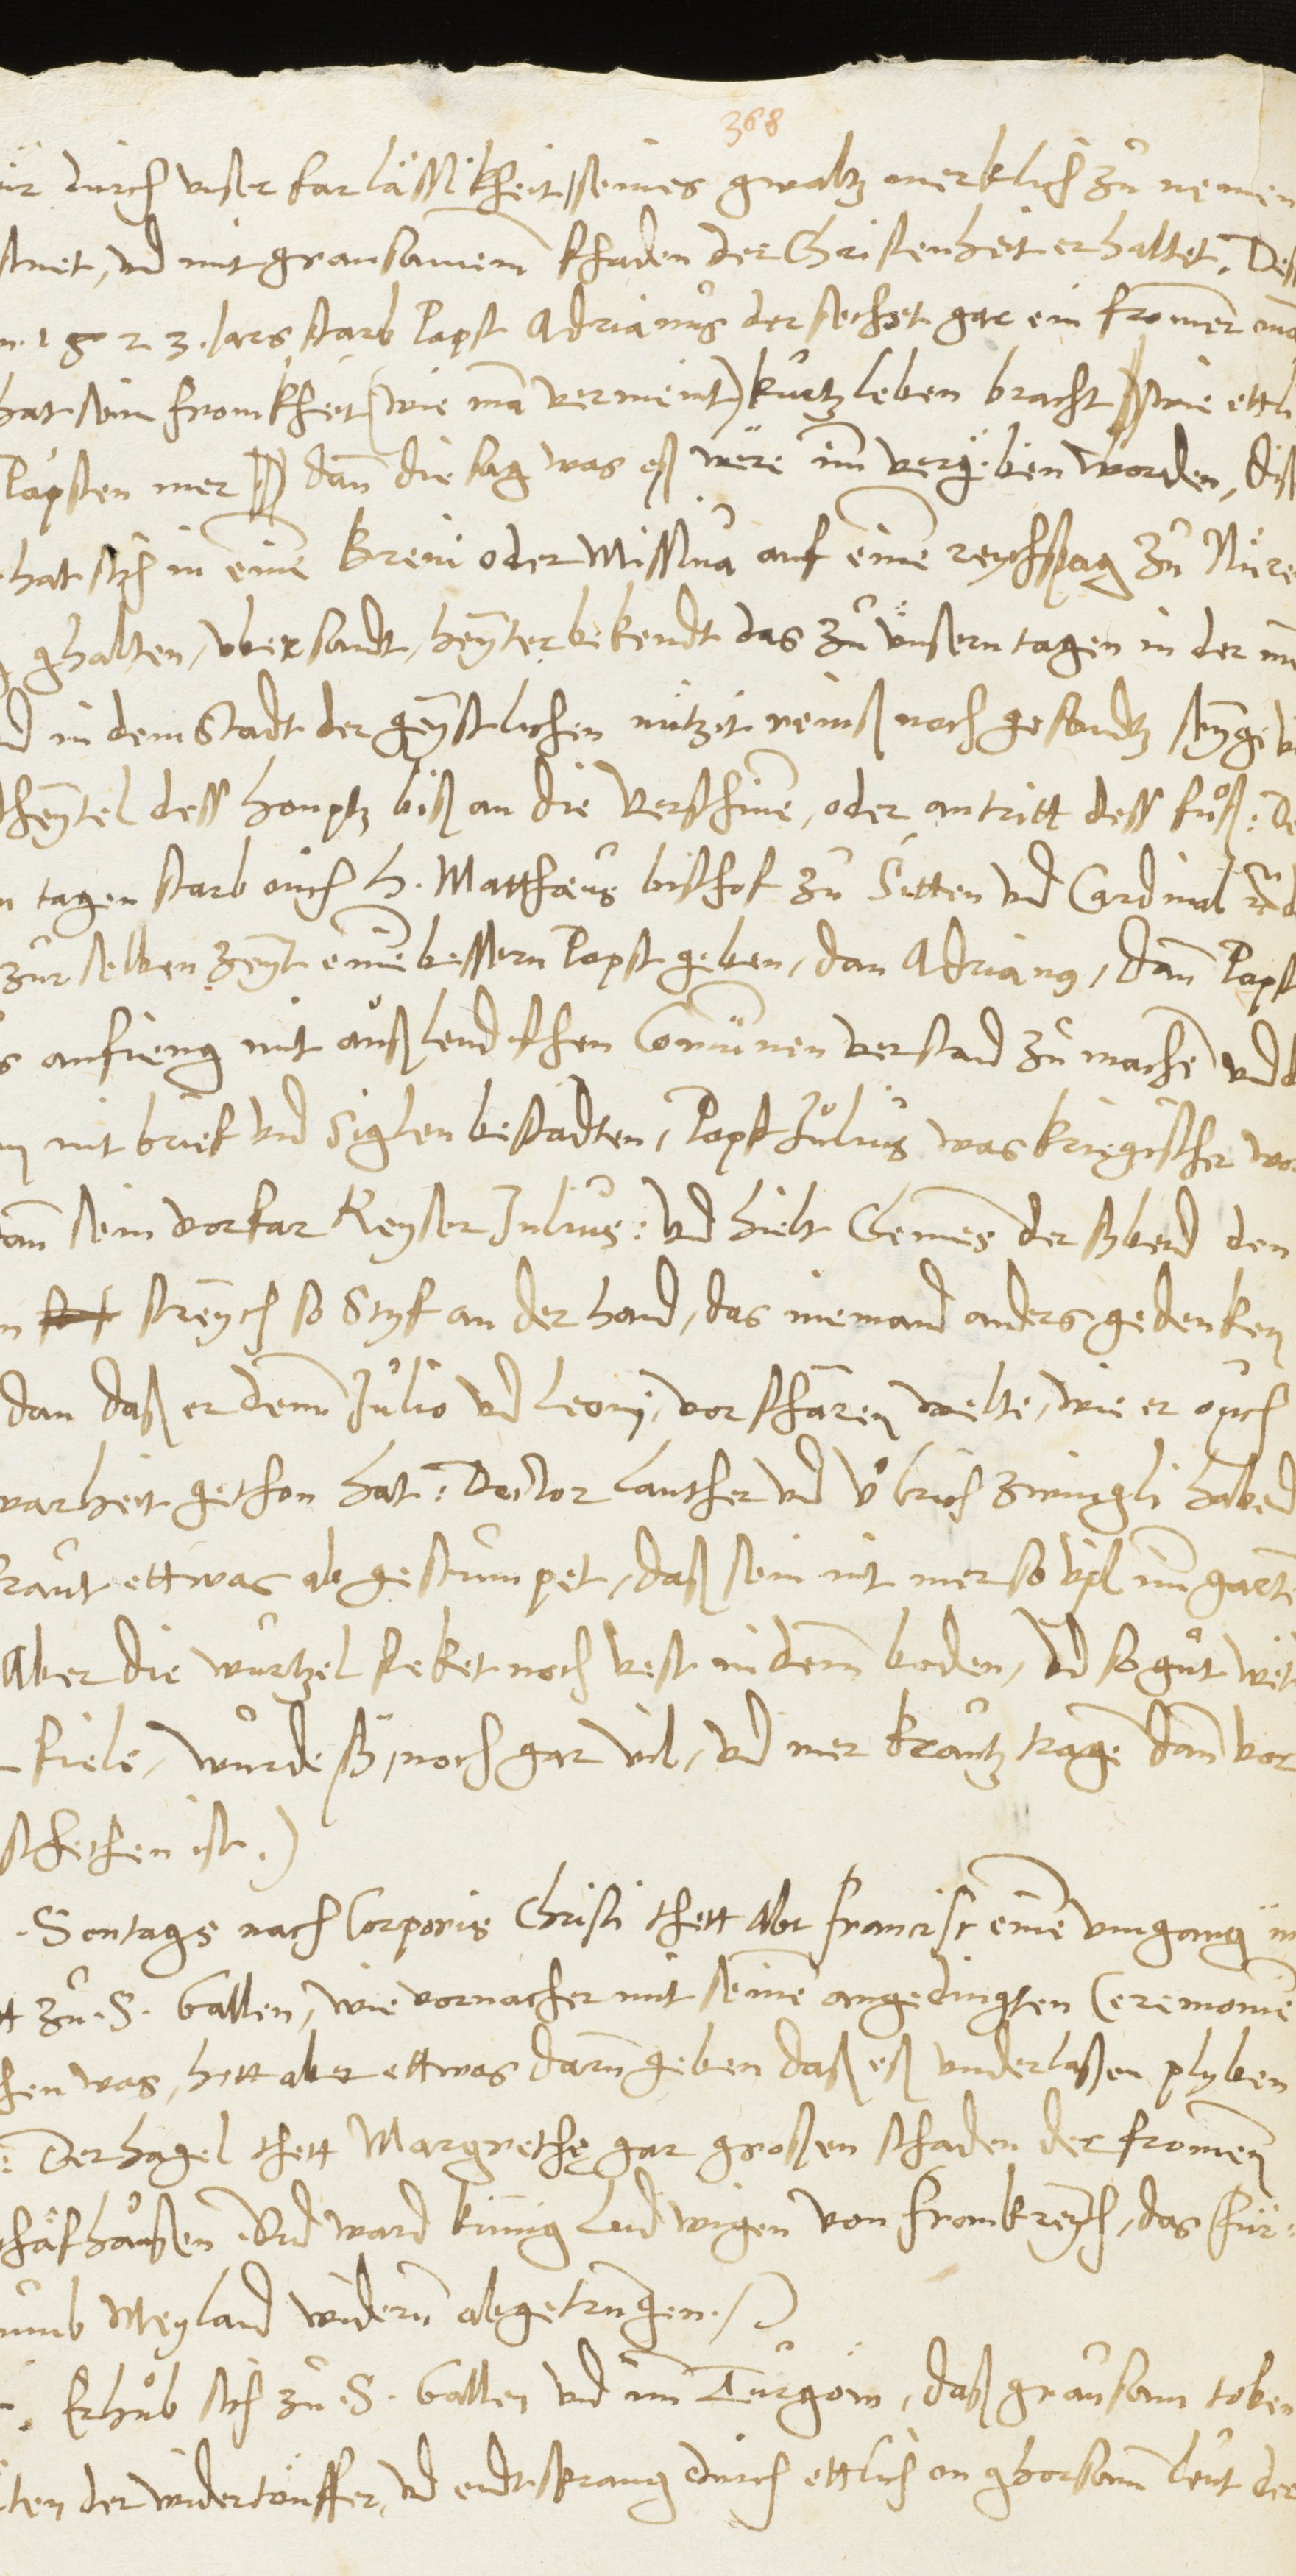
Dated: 1545–1546